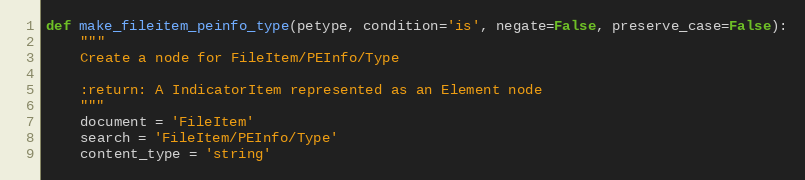
Language: Python
def make_fileitem_peinfo_type(petype, condition='is', negate=False, preserve_case=False):
    """
    Create a node for FileItem/PEInfo/Type

    :return: A IndicatorItem represented as an Element node
    """
    document = 'FileItem'
    search = 'FileItem/PEInfo/Type'
    content_type = 'string'